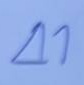
41